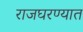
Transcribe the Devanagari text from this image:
राजघरण्यात